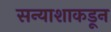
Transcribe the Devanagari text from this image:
सन्याशाकडून